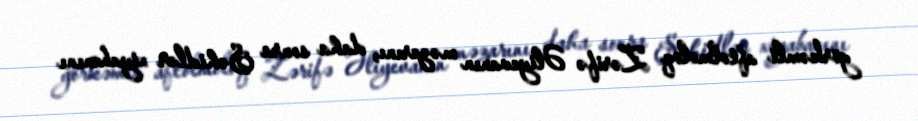
görkəmli aftolmoloq Zərifə Əliyevanın məzarını, daha sonra Şəhidlər xiyabanını